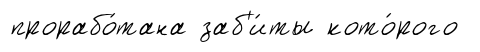
прорабо́тана заб'и́ты кото́рого